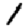
Digit: 1